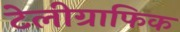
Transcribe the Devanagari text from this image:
टेलीग्राफिक